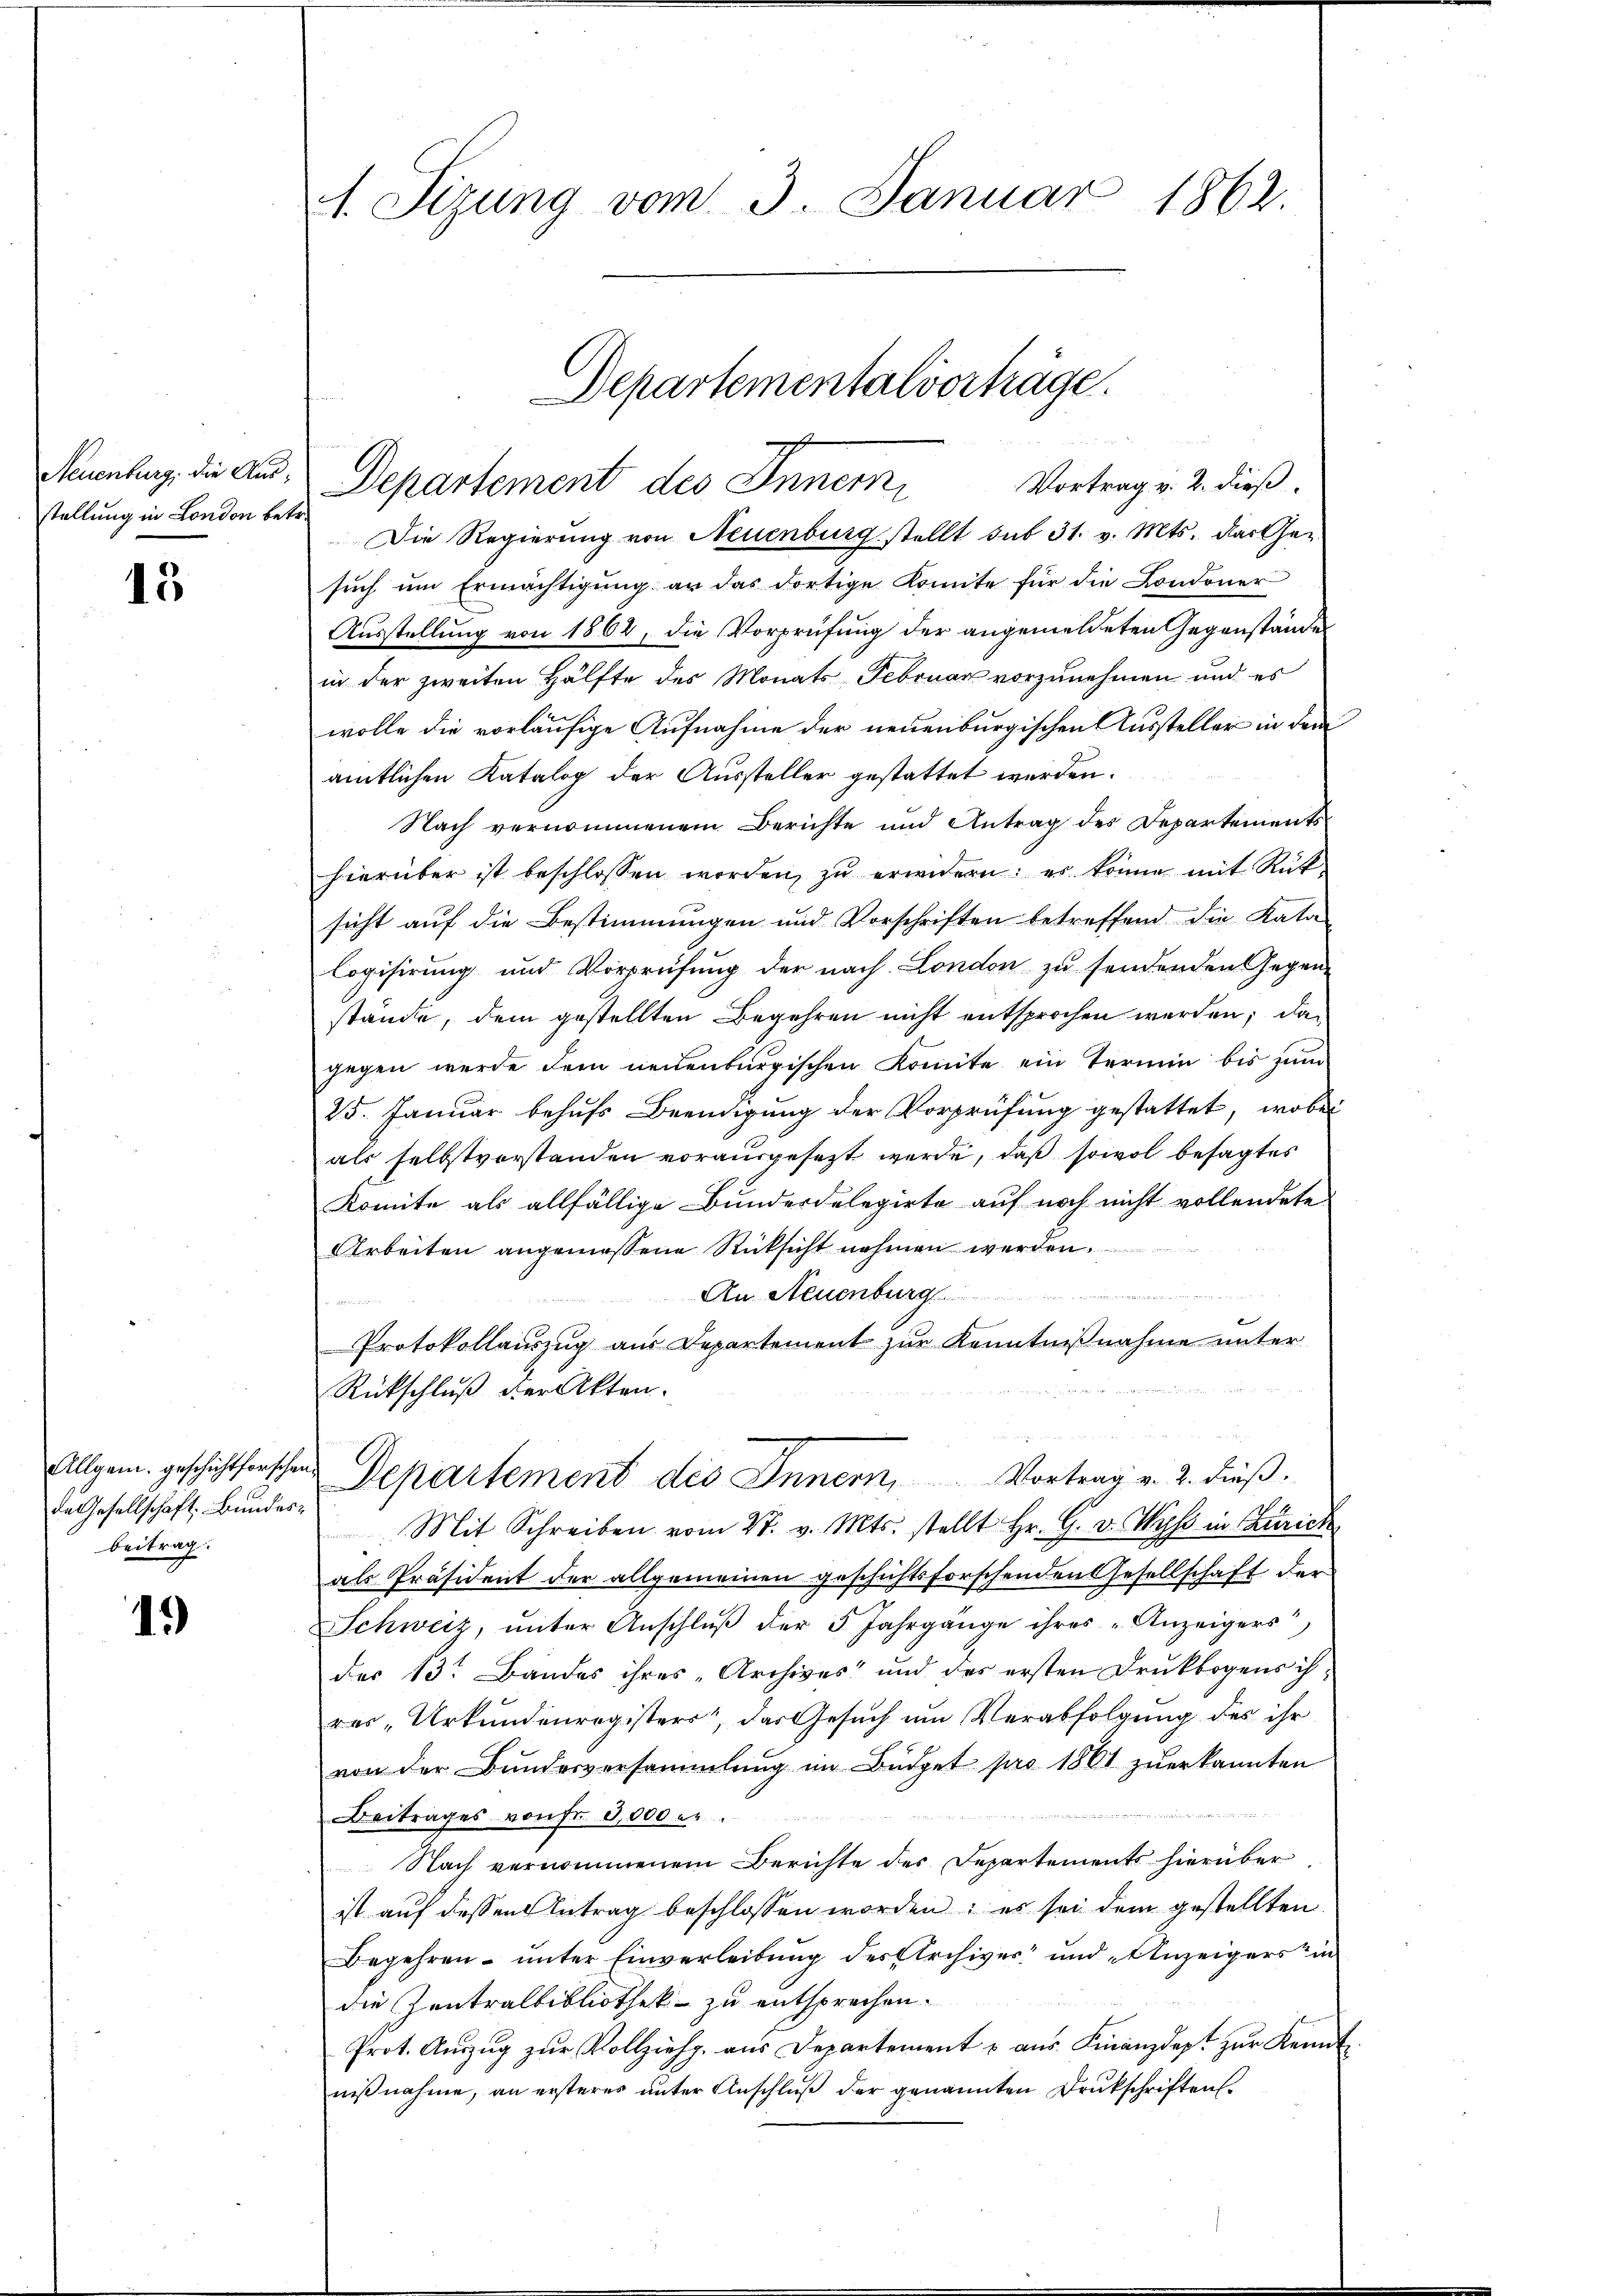
stellung in London betr.

13

Allgem. geschicht forschen
de Gesellschaft Bundesbeitrag.

1.)

1. Sizung vom 3. Januar 1862.

Vortrag v. 2. dieß.
Die Regierung von Neuenburg stellt sub 31. v. Mts. das Ge-
such um Ermächtigung an das dortige Komite für die Londoner
Ausstellung von 1862, die Vorprüfung der angemeldeten Gegenstande
in der zweiten Hälfte des Monats Februar vorzunehmen und es
wolle die vorläufige Aufnahme der neuenburgischen Aussteller in dem
amtlichen Katalog der Aussteller gestattet werden.
Nach vernommenem Berichte und Antrag des Departements
hierüber ist beschlossen worden, zu erwidern: es könne mit Rüt
sicht auf die Bestimmungen und Vorschriften betreffend die Kata-
Cogisirung und Vorprüfung der nach London zu sendenden Gegen-
stände, dem gestellten Begehren nicht entsprochen werden; das
gegen werde dem neuenburgischen Komite ein Termin bis zum
25. Januar behufs Beendigung der Vorprüfung gestattet, wobei
als selbstverstanden vorausgesezt werde, daß sowol besagtes
Komite als allfällige Bunderdelegirte auf noch nicht vollendete
Arbeiten angemessene Rücksicht nehmen werden.
An Neuenburg
n

Protokollauszug aus Departement zur Kenntnißnahme unter

Rückschluß der Akten.
Departement des Innern, Vortrag v. 2. dieß.
Mit Schreiben vom 27. v. Mts. stellt Hr. G. v. Wyss in Zürich
als Präsident der allgemeinen geschichtsforschenden Gesellschaft der
Schweiz, unter Anschluß der 5. Jahrgänge ihres „Anzeigers
des 13. Bandes ihres „Archives und des ersten Druckbogens ih
res „Urkundenregisters das Gesŭch ŭm Verabfolgung des ihr
von der Bundesversammlung im Büdget pro 1861 zuerkannten
Beitrages von Fr. 3,000 e
Nach vernommenem Berichte des Departements hierüber
ist auf dessen Antrag beschlossen worden; es sei dem gestellten
Begehren unter Einverleibung des Archives und Anzeigers in
die Zentralbibliothek zu entsprechen.
Prot. Aŭszŭg zŭr Vollziehp. aus Departement u aŭs Finanzdept zŭr Kennt
nißnahme, an ersteres unter Anschluß der genannten Drukschriftens

Neuenhang, die And. Departement des Innern,

Departementalverträge.